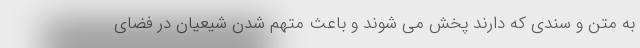
به متن و سندی که دارند پخش می شوند و باعث متهم شدن شیعیان در فضای